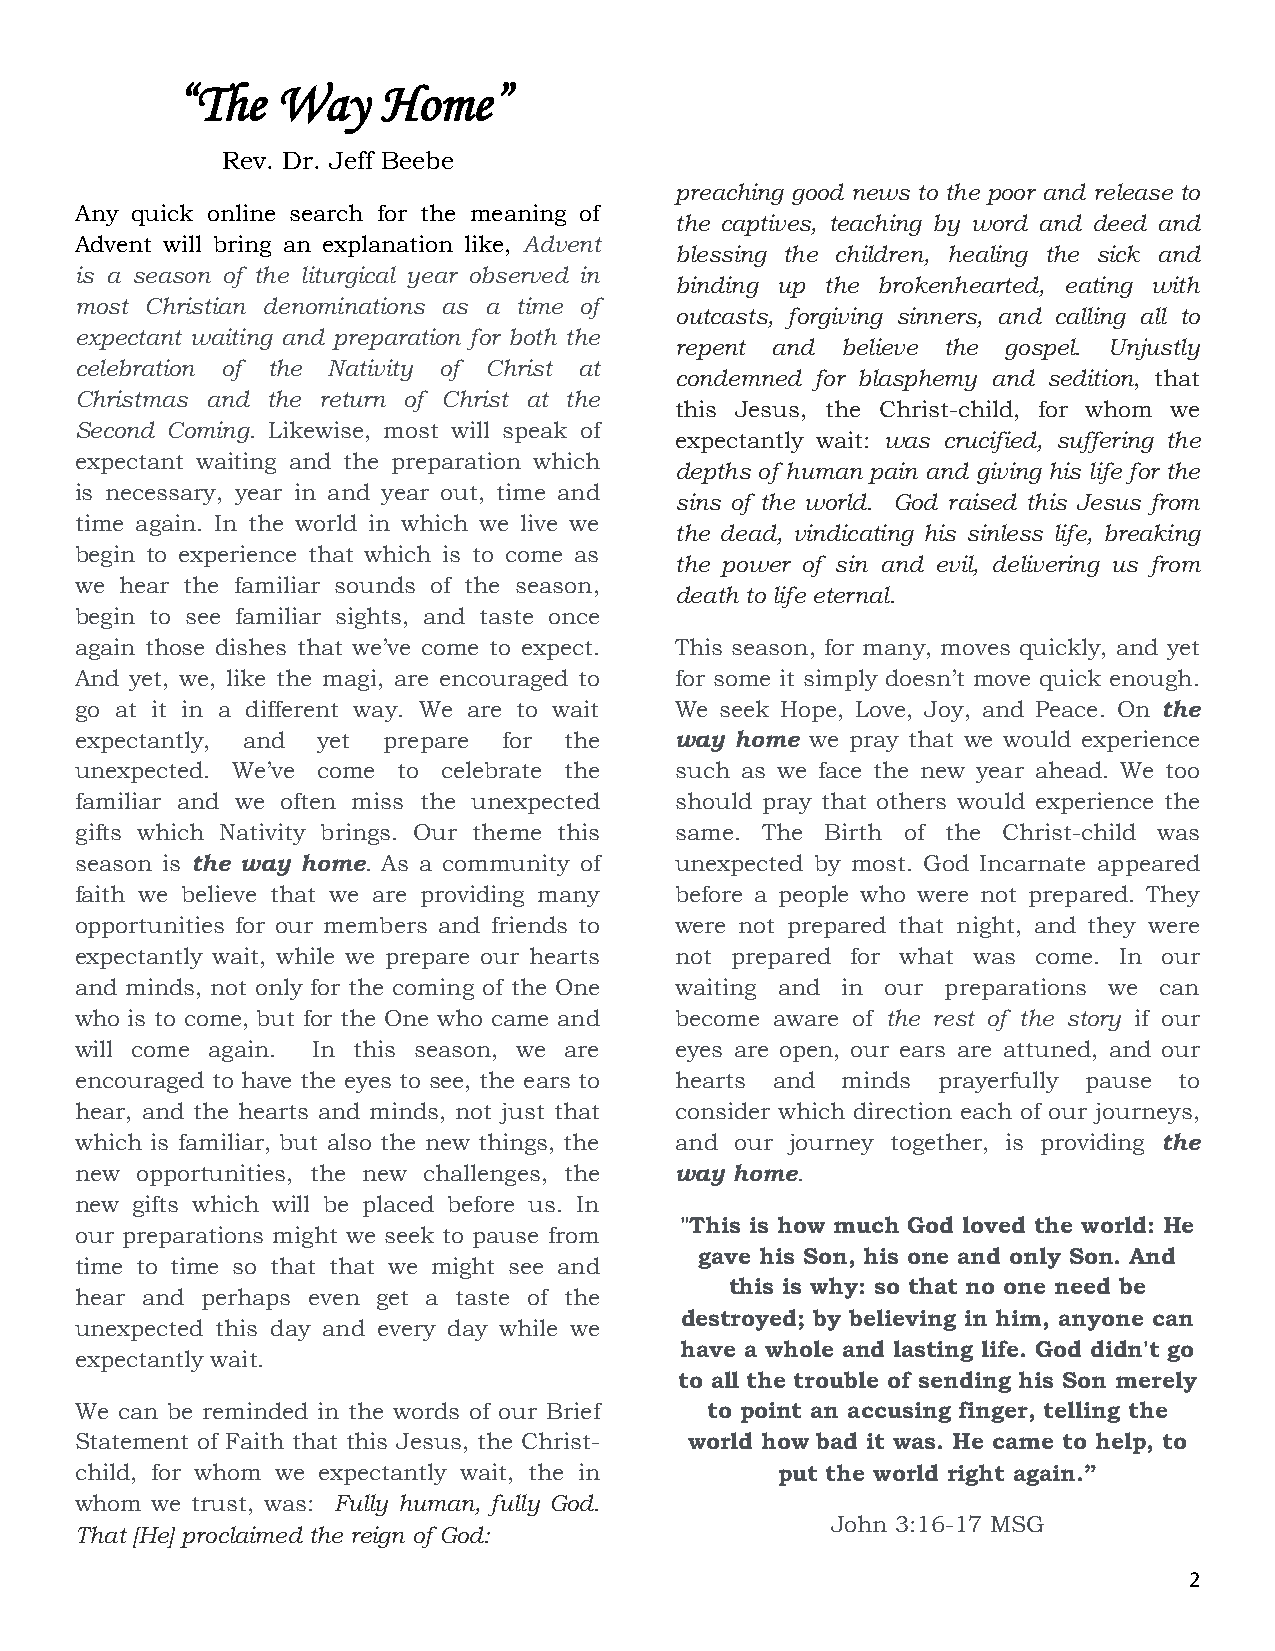
“The  Way    Home”
 Rev. Dr. Jeff Beebe
 preaching good news to the poor and release to
 Any quick online search for the meaning of
 the captives, teaching by word and deed and
 Advent will bring an explanation like, Advent
 blessing the children, healing the sick and
 is a season of the liturgical year observed in
 binding up the brokenhearted, eating with
 most Christian denominations as a time of
 outcasts, forgiving sinners, and calling all to
 expectant waiting and preparation for both the
 repent and believe the gospel. Unjustly
 celebration of the Nativity of Christ at
 condemned for blasphemy and sedition, that
 Christmas and the return of Christ at the
 this Jesus, the Christ-child, for whom we
 Second Coming. Likewise, most will speak of
 expectantly wait: was crucified, suffering the
 expectant waiting and the preparation which
 depths of human pain and giving his life for the
 is necessary, year in and year out, time and
 sins of the world. God raised this Jesus from
 time again. In the world in which we live we
 the dead, vindicating his sinless life, breaking
 begin to experience that which is to come as
 the power of sin and evil, delivering us from
 we hear the familiar sounds of the season,
 death to life eternal.
 begin to see familiar sights, and taste once
 again those dishes that we’ve come to expect. This season, for many, moves quickly, and yet
 And yet, we, like the magi, are encouraged to for some it simply doesn’t move quick enough.
 go at it in a different way. We are to wait We seek Hope, Love, Joy, and Peace. On the
 expectantly, and yet prepare for the    way home we pray that we would experience
 unexpected. We’ve come to celebrate the such as we face the new year ahead. We too
 familiar and we often miss the unexpected should pray that others would experience the
 gifts which Nativity brings. Our theme this same. The Birth of the Christ-child was
 season is the way home. As a community of unexpected by most. God Incarnate appeared
 faith we believe that we are providing many before a people who were not prepared. They
 opportunities for our members and friends to were not prepared that night, and they were
 expectantly wait, while we prepare our hearts not prepared for what was come. In our
 and minds, not only for the coming of the One waiting and in our preparations we can
 who is to come, but for the One who came and become aware of the rest of the story if our
 will come again. In this season, we are eyes are open, our ears are attuned, and our
 encouraged to have the eyes to see, the ears to hearts and minds prayerfully pause to
 hear, and the hearts and minds, not just that consider which direction each of our journeys,
 which is familiar, but also the new things, the and our journey together, is providing the
 new opportunities, the new challenges, the way home.
 new gifts which will be placed before us. In
 "This is how much God loved the world: He
 our preparations might we seek to pause from
 gave his Son, his one and only Son. And
 time to time so that that we might see and
 this is why: so that no one need be
 hear and perhaps even get a taste of the
 destroyed; by believing in him, anyone can
 unexpected this day and every day while we
 have a whole and lasting life. God didn't go
 expectantly wait.
 to all the trouble of sending his Son merely
 We can be reminded in the words of our Brief to point an accusing finger, telling the
 Statement of Faith that this Jesus, the Christ- world how bad it was. He came to help, to
 child, for whom we expectantly wait, the in    put the world right again.”
 whom we trust, was: Fully human, fully God.
 John 3:16-17 MSG
 That [He] proclaimed the reign of God:
 2